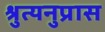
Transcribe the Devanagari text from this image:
श्रुत्यनुप्रास